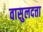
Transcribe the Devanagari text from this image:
वासुलदत्ता